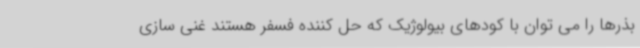
بذرها را می توان با کودهای بیولوژیک که حل کننده فسفر هستند غنی سازی